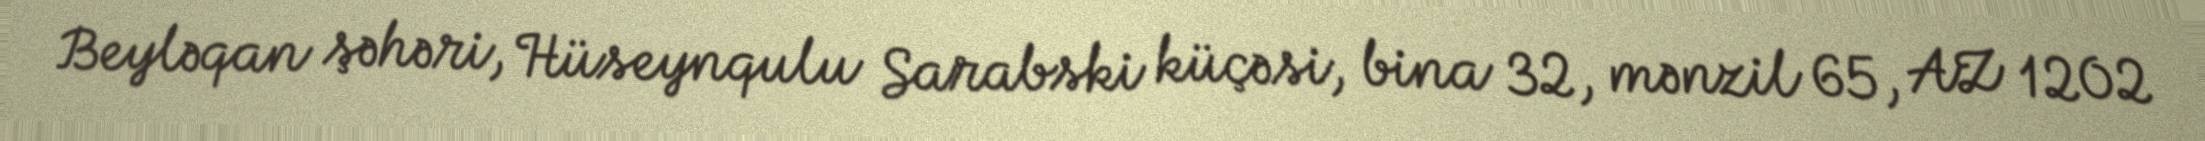
Beyləqan şəhəri, Hüseynqulu Sarabski küçəsi, bina 32, mənzil 65, AZ 1202